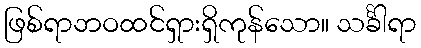
ဖြစ်ရာဘဝထင်ရှားရှိကုန်သော။ သင်္ခါရာ